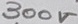
Text: 300V